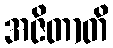
အဇိတာတိ